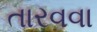
તારવવા